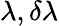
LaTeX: \lambda,\delta\lambda